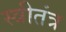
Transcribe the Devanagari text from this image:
स्त्रीतंत्र